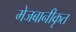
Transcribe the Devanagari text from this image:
मेजबानीकृत